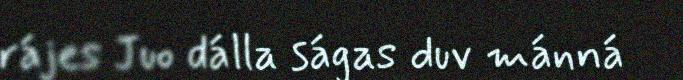
rájes Juo dálla ságas duv mánná